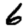
Digit: 6